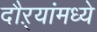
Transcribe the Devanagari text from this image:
दौऱ्यांमध्ये